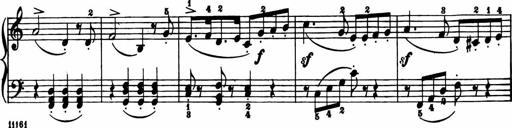
Title: 11 Sonatinas for Piano Solo
Composer: Anton Diabelli